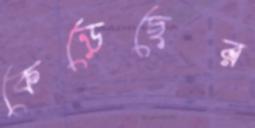
কেড়েছের